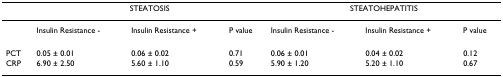
<table><thead><tr><td></td><td colspan="3"><b>STEATOSIS</b></td><td colspan="3"><b>STEATOHEPATITIS</b></td></tr></thead><tbody><tr><td></td><td>Insulin Resistance -</td><td>Insulin Resistance +</td><td>P value</td><td>Insulin Resistance -</td><td>Insulin Resistance +</td><td>P value</td></tr><tr><td>PCT</td><td>0.05 ± 0.01</td><td>0.06 ± 0.02</td><td>0.71</td><td>0.06 ± 0.01</td><td>0.04 ± 0.02</td><td>0.12</td></tr><tr><td>CRP</td><td>6.90 ± 2.50</td><td>5.60 ± 1.10</td><td>0.59</td><td>5.90 ± 1.20</td><td>5.20 ± 1.10</td><td>0.67</td></tr></tbody></table>